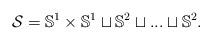
LaTeX: \begin{align*}\mathcal{S}=\mathbb{S}^1\times\mathbb{S}^1\sqcup \mathbb{S}^2\sqcup ...\sqcup \mathbb{S}^2.\end{align*}